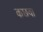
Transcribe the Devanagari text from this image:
कछवा